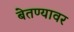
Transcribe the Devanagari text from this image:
बेतण्यावर